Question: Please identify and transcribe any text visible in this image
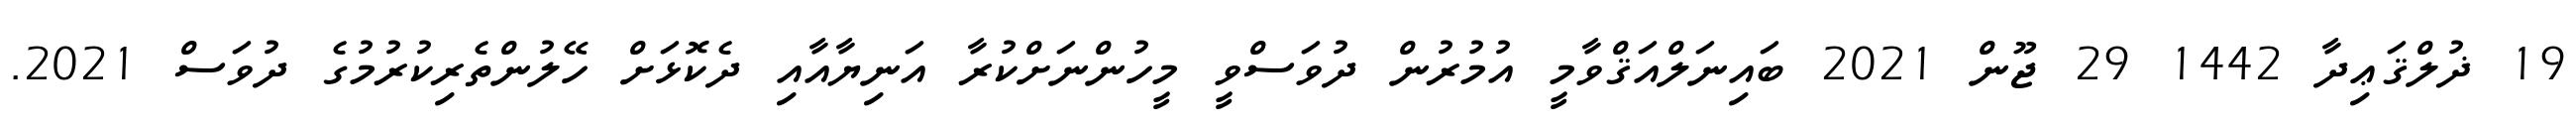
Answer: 19 ޛުލްޤަޢިދާ 1442 29 ޖޫން 2021 ބައިނަލްއަޤްވާމީ އުމުރުން ދުވަސްވީ މީހުންނަށްކުރާ އަނިޔާއާއި ދެކޮޅަށް ހޭލުންތެރިކުރުމުގެ ދުވަސް 2021.